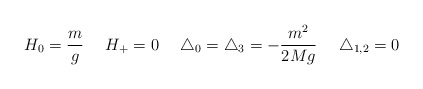
\begin{align*} H_{0} = \frac{m}{g} \ \ \ \ H_{+} = 0 \ \ \ \ \triangle_{0} = \triangle_{3} = - \frac{m^{2}}{2Mg} \ \ \ \ \triangle_{1,2} = 0\end{align*}